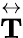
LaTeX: \overset\leftrightarrow{\mathbf{T}}